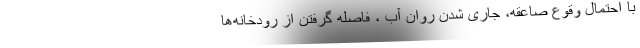
با احتمال وقوع صاعقه، جاری شدن روان آب ، فاصله گرفتن از رودخانه‌ها